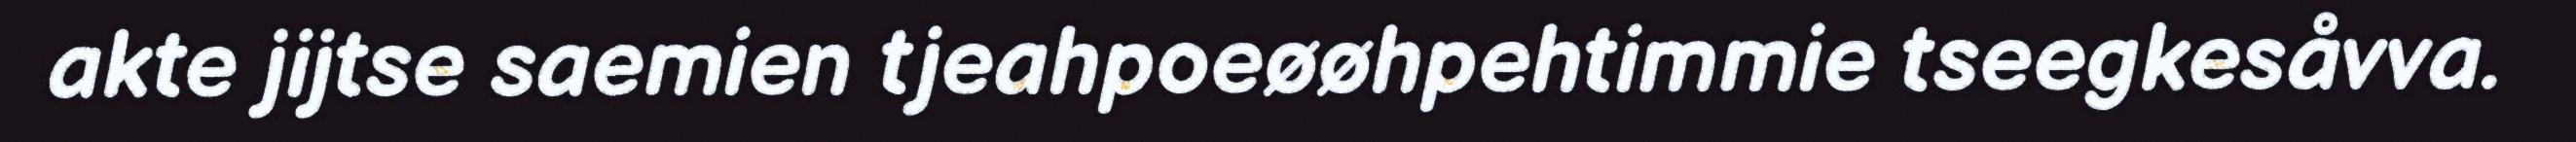
akte jijtse saemien tjeahpoeøøhpehtimmie tseegkesåvva.